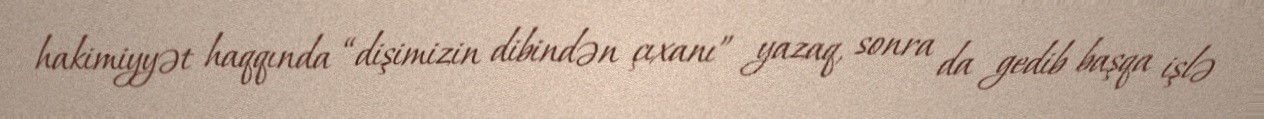
hakimiyyət haqqında “dişimizin dibindən çıxanı” yazaq, sonra da gedib başqa işlə